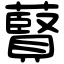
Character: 藖